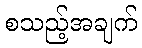
စသည့်အချက်